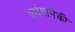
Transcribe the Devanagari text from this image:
प्रसंगांपैकी